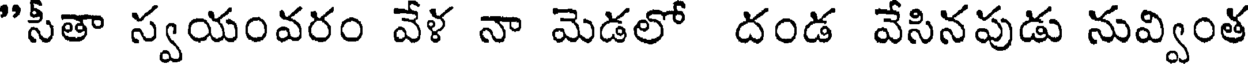
"సీతా స్వయంవరం వేళ నా మెడలో దండ వేసినపుడు నువ్వింత